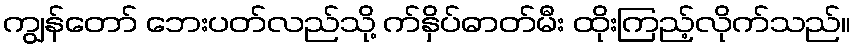
ကျွန်တော် ဘေးပတ်လည်သို့ က်နှိပ်ဓာတ်မီး ထိုးကြည့်လိုက်သည်။